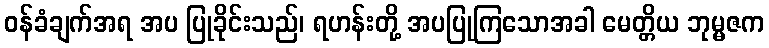
ဝန်ခံချက်အရ အပ ပြုခိုင်းသည်၊ ရဟန်းတို့ အပပြုကြသောအခါ မေတ္တိယ ဘုမ္မဇက